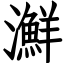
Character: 㶍